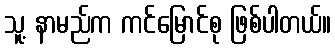
သူ့ နာမည်က ကင်မြောင်စု ဖြစ်ပါတယ်။